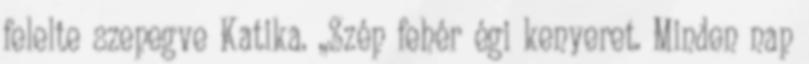
felelte szepegve Katika. ,,Szép fehér égi kenyeret. Minden nap